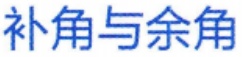
补角与余角